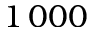
1 \, 0 0 0